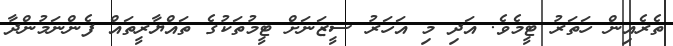
ތެރެއިން ހަތަރު ޓީމެވެ. އަދި މި އަހަރު ސީޒަނަށް ޓީމުތަކުގެ ތައްޔާރީތައް ފެންނަމުންދާ